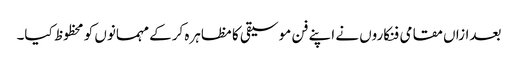
بعدازاں مقامی فنکاروں نے اپنے فن موسیقی کا مظاہرہ کرکے مہمانوں کو محظوظ کیا۔